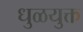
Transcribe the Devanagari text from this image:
धुळयुक्त